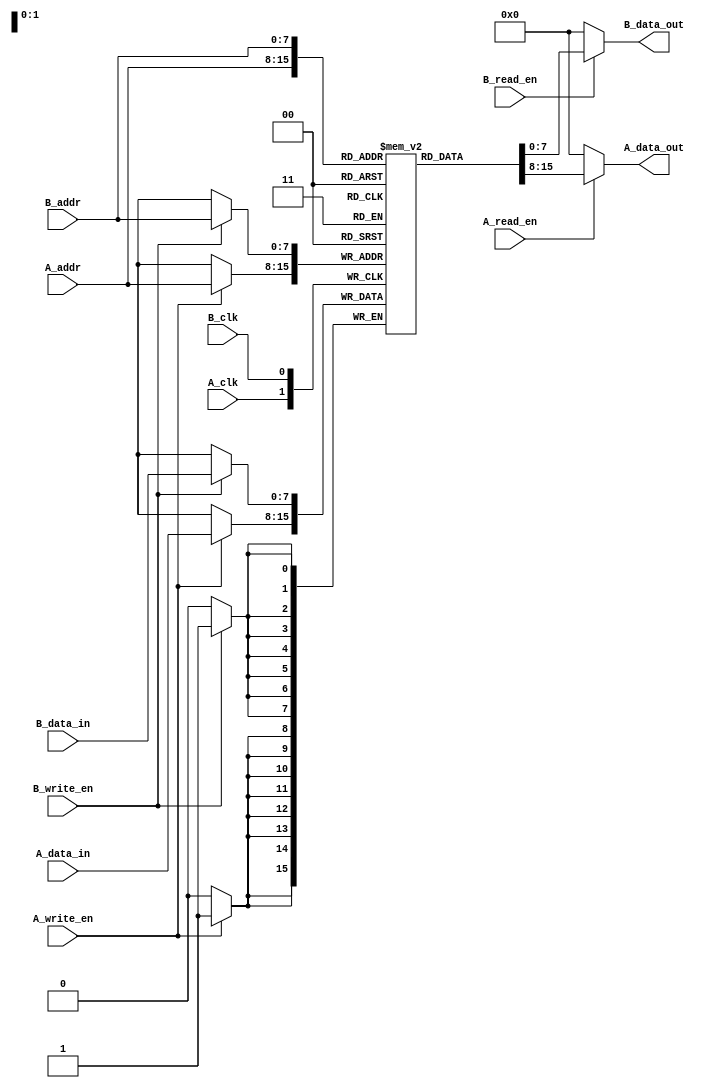
module dual_port_ram #(
    parameter DATA_WIDTH = 8,    // Width of each memory word
    parameter ADDR_WIDTH = 8     // Depth of the memory (number of addressable locations)
)(
    // Port A
    input wire [ADDR_WIDTH-1:0] A_addr,
    input wire [DATA_WIDTH-1:0] A_data_in,
    output reg [DATA_WIDTH-1:0] A_data_out,
    input wire A_read_en,
    input wire A_write_en,
    input wire A_clk,

    // Port B
    input wire [ADDR_WIDTH-1:0] B_addr,
    input wire [DATA_WIDTH-1:0] B_data_in,
    output reg [DATA_WIDTH-1:0] B_data_out,
    input wire B_read_en,
    input wire B_write_en,
    input wire B_clk
);

    // Memory array
    reg [DATA_WIDTH-1:0] mem [0:(1<<ADDR_WIDTH)-1];

    // Asynchronous read for both ports
    always @(*) begin
        if (A_read_en) begin
            A_data_out = mem[A_addr];
        end else begin
            A_data_out = {DATA_WIDTH{1'b0}}; // Default output when not reading
        end
        
        if (B_read_en) begin
            B_data_out = mem[B_addr];
        end else begin
            B_data_out = {DATA_WIDTH{1'b0}}; // Default output when not reading
        end
    end

    // Write operations for Port A
    always @(posedge A_clk) begin
        if (A_write_en) begin
            mem[A_addr] <= A_data_in;
        end
    end

    // Write operations for Port B
    always @(posedge B_clk) begin
        if (B_write_en) begin
            mem[B_addr] <= B_data_in;
        end
    end

endmodule